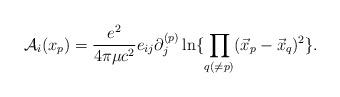
LaTeX: \begin{align*}{\cal A}_i(x_p)= {e^2 \over 4 \pi \mu c^2}e_{ij}\partial_j^{(p)} \ln \{\prod_{q (\ne p)}(\vec x_p -\vec x_q)^2 \}.\end{align*}